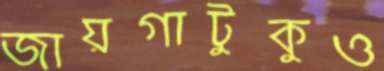
জায়গাটুকুও